Annual report on the Civil Veterinary Department, Burma (including the Insein Veterinary School) - 1932-1941
Year: 1932
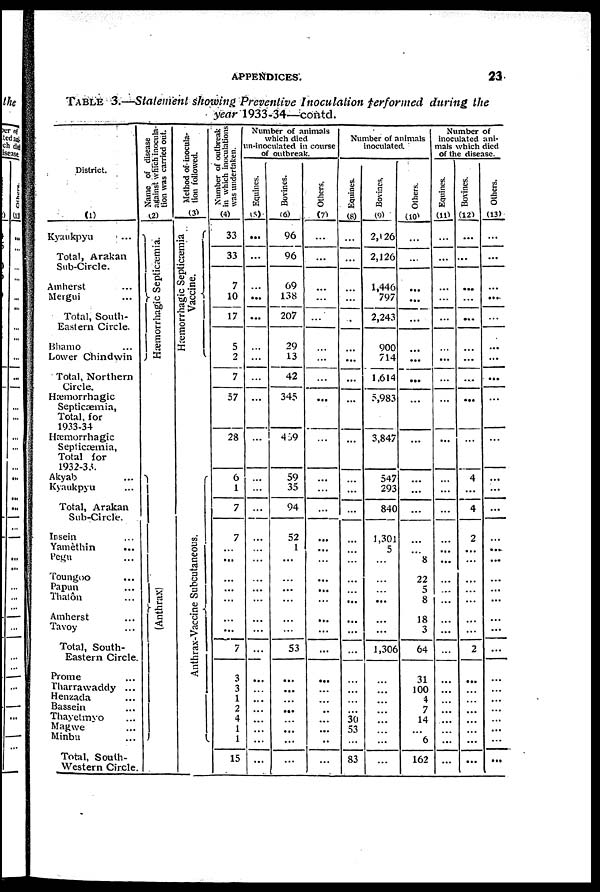
APPENDICES.
23
TABLE 3.—Statement showing Preventive Inoculation performed during the
year 1933-34—contd.
District.
(1)
Kyaukpya ...
Total, Arakan
Sub-Circle.
Amherst ...
Mergui ...
Total, South-
Eastern Circle.
Bhamo ...
Lower Chindwin
Total, Northern
Circle.
Hæmorrhagic
Septicaemia,
Total, for
1933-34
Hemorrhagic
Septicæmia,
Total for
1932-33.
Akyab ...
Kyaukpyu ...
Total, Arakan
Sub-Circle.
Insein ...
Yamèthin ...
Pegu ...
Toungoo
...
Papun ...
Thatôn ...
Amherst ...
Tavoy ...
Total, South-
Eastern Circle.
Prome ...
Tharrawaddy ...
Henzada ...
Bassein ...
Thayetmyo ...
Magwe ...
Minbu ...
Total, South-
western Circle.
Name of disease
against which inocula-
tion was carried out.
(2)
Hæmorrhagic Septicæmia.
(
Ant hr ax)
Method of inocula-
tion followed.
(3)
Hæmorrhagic Septicæmia
Vaccine.
Anthrax-Vaccine Subcutaneous.
Number of outbreak
in which inoculations
was undertaken.
(4)
33
33
7
10
17
5
2
7
57
28
6
1
7
7
...
...
...
...
...
...
...
7
3
3
1
2
4
1
1
15
Number of animals
which died
un-inoculated in course
of outbreak.
Equines.
(5)
...
...
...
...
...
...
...
...
...
...
...
...
...
...
...
...
...
...
...
...
...
...
...
...
...
...
...
...
...
...
Bovines.
(6)
96
96
69
138
207
29
13
42
345
459
59
35
94
52
1
...
...
...
...
...
...
53
...
...
...
...
...
... ...
...
Others.
(7)
...
...
...
...
...
...
...
...
...
...
...
...
...
...
...
...
...
...
...
...
...
...
...
...
...
...
...
...
..
...
Number of animals
inoculated.
Equines.
(8)
...
...
...
...
...
...
...
...
...
...
...
...
...
...
...
...
...
...
...
...
...
...
...
...
...
...
30
83
...
83
Bovines.
(9)
2,126
2,126
1,446
797
2,243
900
714
1,614
5,983
3,847
547
293
840
1,301
5
...
...
... ...
...
...
1,306
...
...
...
...
...
...
...
...
Others.
(10)
...
...
...
...
...
...
...
...
...
...
...
...
...
...
...
8
22
5
8
18
3
64
31
100
4
7
14
6
162
Number of
inoculated ani-
mals which died
of the disease.
Equines.
(10
...
...
...
...
...
...
...
...
...
...
...
...
...
...
...
...
...
...
...
...
...
...
...
...
...
...
...
...
...
...
Bovines.
(12)
...
...
...
...
...
...
...
...
...
...
4
...
4
2
...
...
...
...
...
...
...
2
...
...
...
...
...
...
...
...
Others.
(13)
...
...
...
....
...
...
...
...
...
...
...
...
...
...
....
...
...
...
...
...
...
...
...
...
...
...
...
...
...
...